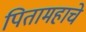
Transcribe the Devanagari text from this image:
पितामहाचे